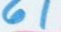
61